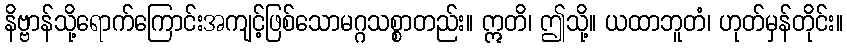
နိဗ္ဗာန်သို့ရောက်ကြောင်းအကျင့်ဖြစ်သောမဂ္ဂသစ္စာတည်း။ ဣတိ၊ ဤသို့။ ယထာဘူတံ၊ ဟုတ်မှန်တိုင်း။